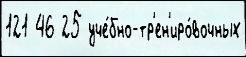
121 46 25 уче́бно-тр'ен'иро́вочных